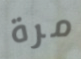
مرة